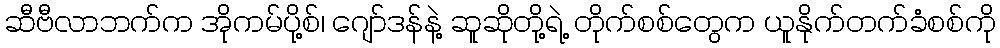
ဆီဗီလာဘက်က အိုကမ်ပို့စ်၊ ဂျော်ဒန်နဲ့ ဆူဆိုတို့ရဲ့ တိုက်စစ်တွေက ယူနိုက်တက်ခံစစ်ကို